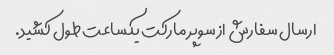
ارسال سفارش از سوپر مارکت یکساعت طول کشید.